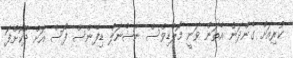
ކުރިއަށް ގެންދަން އެތަން ވަނީ މޯލްޑިވްސް ނެޝެނަލް ޑިފެންސް ފޯސް އަށް ދޫކޮށްފަ